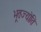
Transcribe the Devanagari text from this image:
भूतज्योति